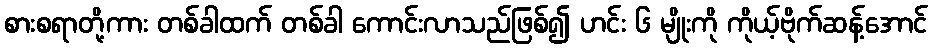
စားစရာတို့ကား တစ်ခါထက် တစ်ခါ ကောင်းလာသည်ဖြစ်၍ ဟင်း ၆ မျိုးကို ကိုယ့်ဗိုက်ဆန့်အောင်